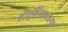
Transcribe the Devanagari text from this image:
आयुर्विज्ञानजगत्